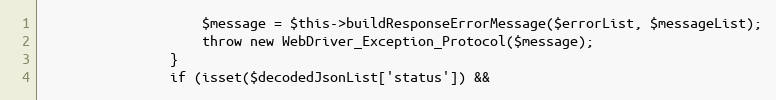
Language: PHP
                    $message = $this->buildResponseErrorMessage($errorList, $messageList);
                    throw new WebDriver_Exception_Protocol($message);
                }
                if (isset($decodedJsonList['status']) &&